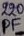
Text: 220PF